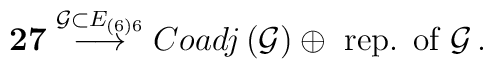
{\bf 27}\stackrel{\mathcal{G}\subset E_{\left(6\right)6}}{\longrightarrow}Coadj\left(\mathcal{G}\right)\oplus\hbox{~rep. of~}\mathcal{G}\,.